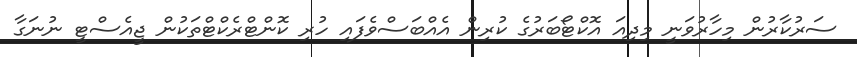
ސަރުކާރުން މިހާރުވަނީ މިދިއަ އޮކްޓޯބަރުގެ ކުރިން އެއްބަސްވެފައި ހުރި ކޮންޓްރެކްޓްތަކުން ޖީއެސްޓީ ނުނަގާ